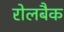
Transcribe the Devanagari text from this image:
रोलबैक